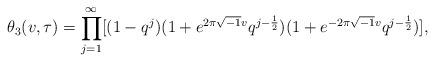
LaTeX: \begin{align*}\theta_3(v,\tau)=\prod_{j=1}^{\infty}[(1-q^j)(1+e^{2\pi\sqrt{-1}v}q^{j-\frac{1}{2}})(1+e^{-2\pi\sqrt{-1}v}q^{j-\frac{1}{2}})],\end{align*}